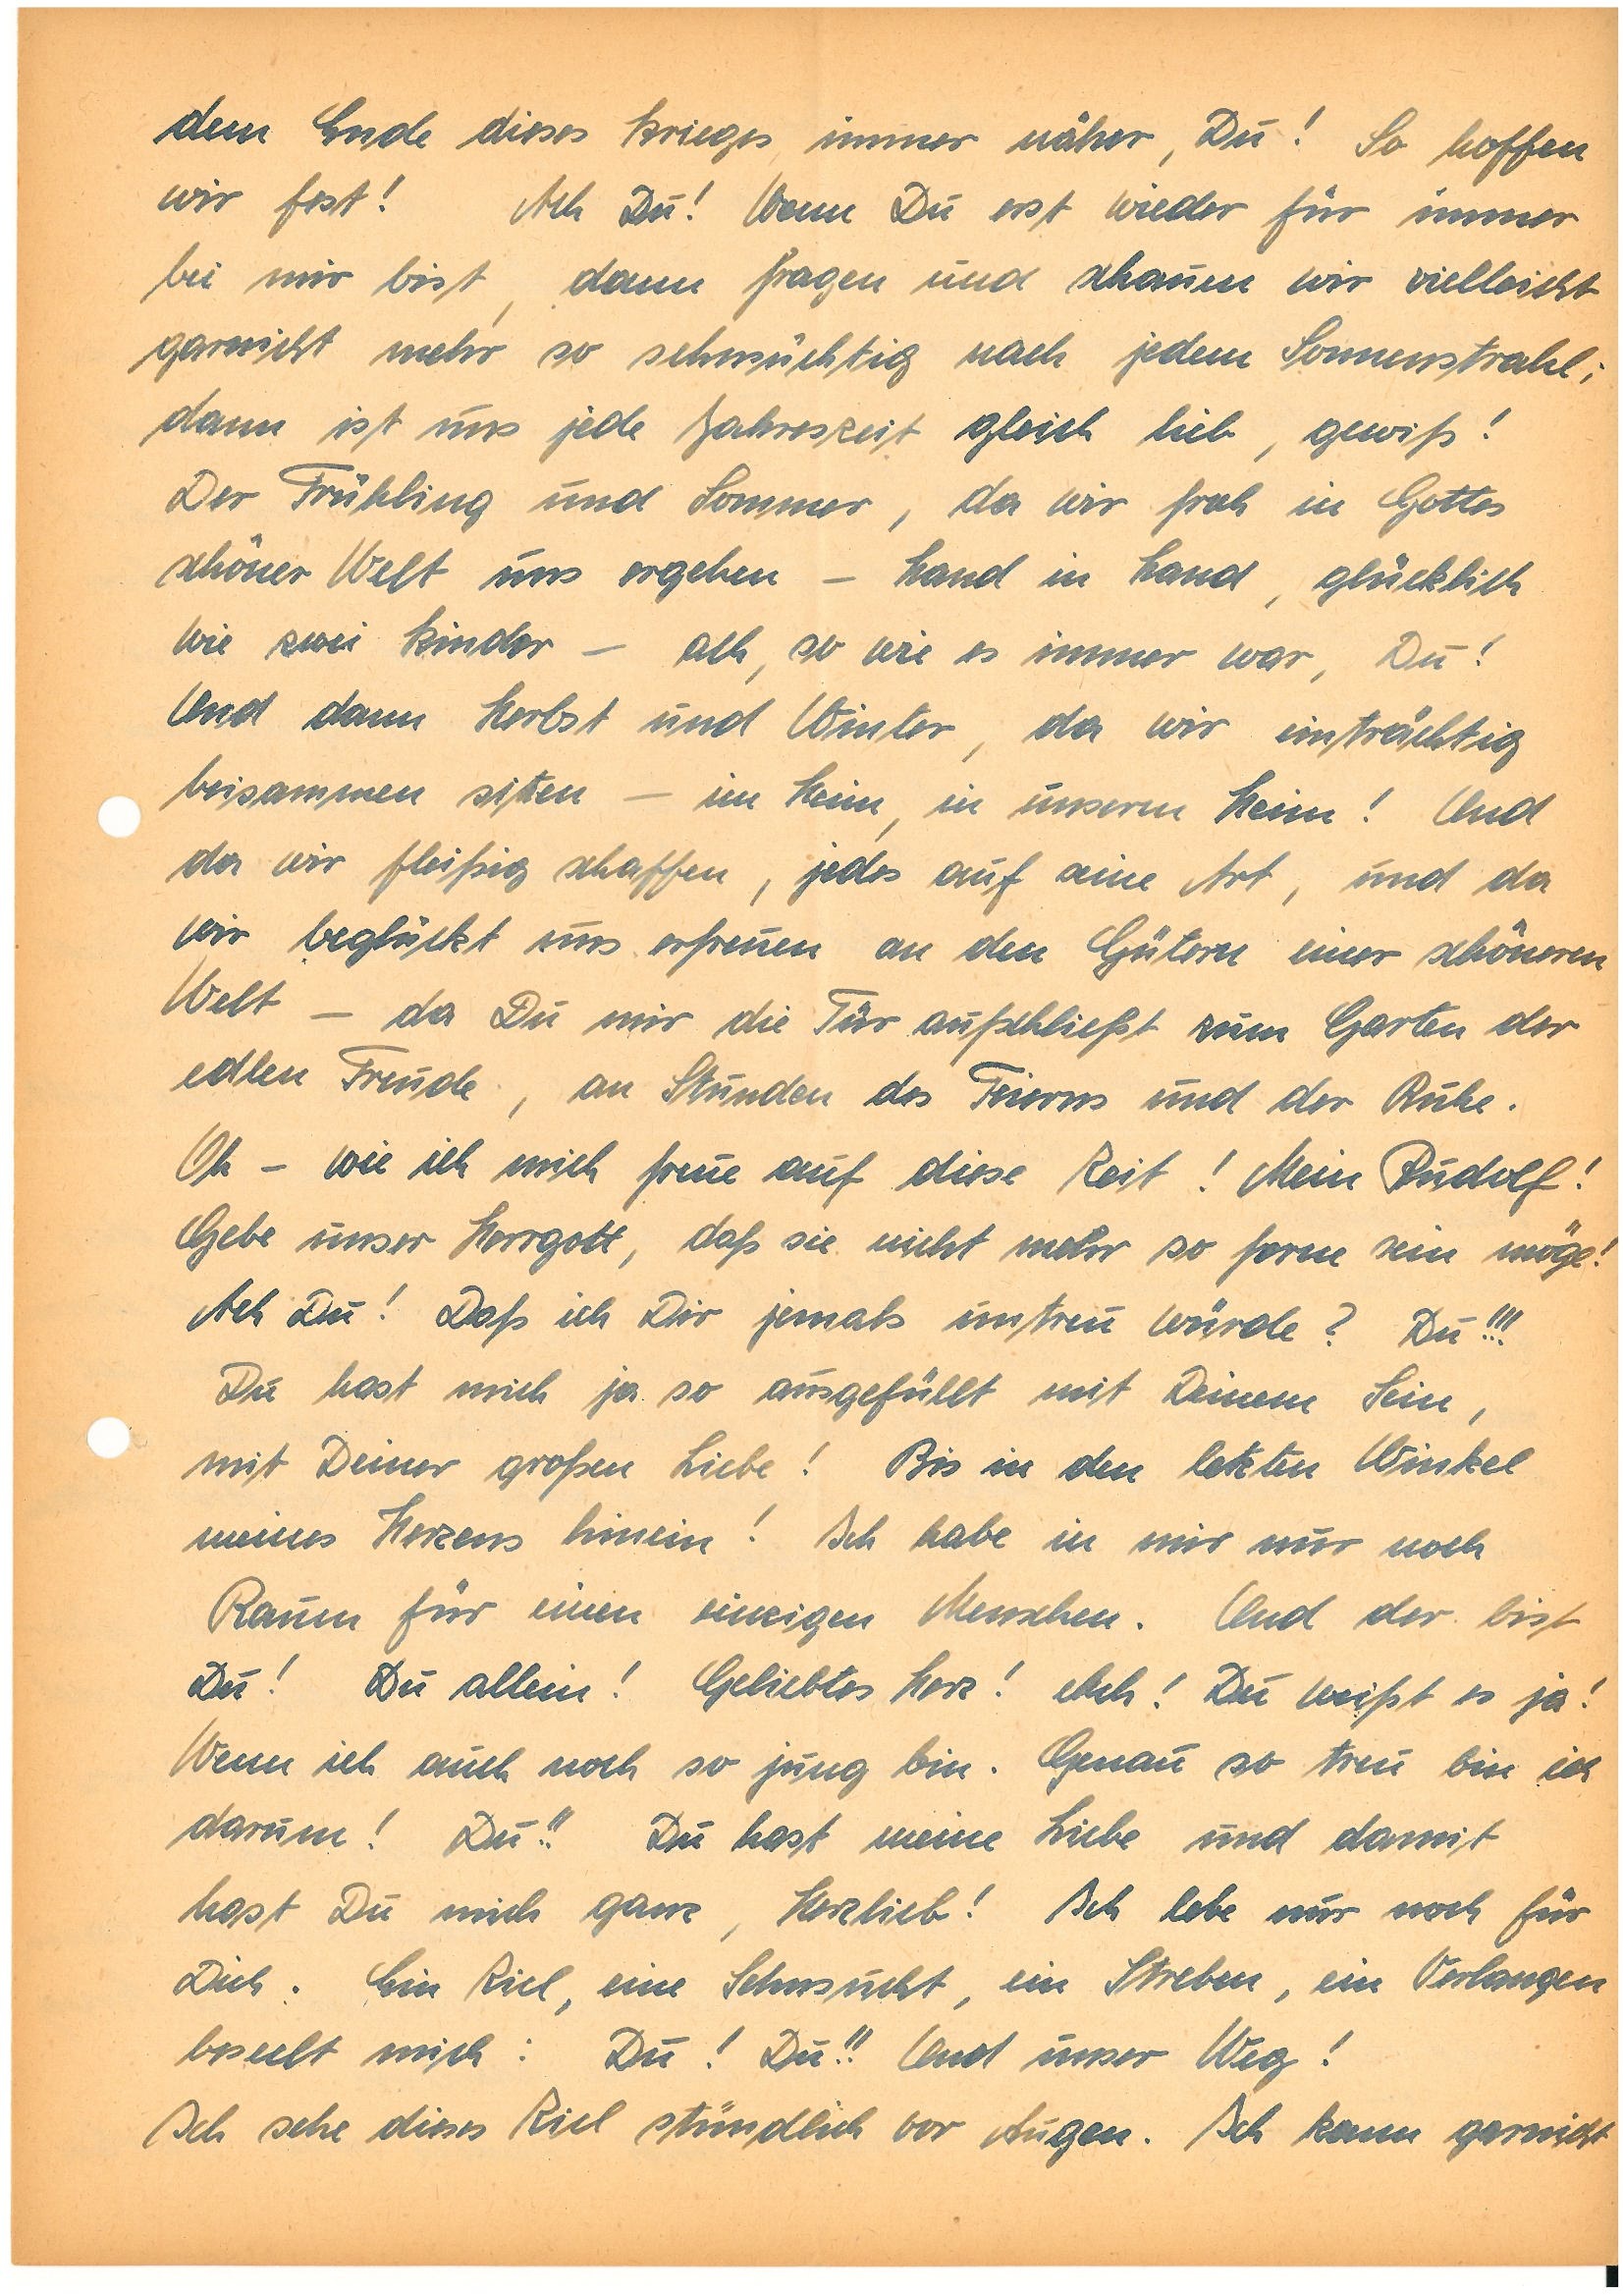
dem Ende dieses Krieges immer näher, Du! So hoffen
wir fest! Ach Du! Wenn Du erst wieder für immer
bei mir bist, dann fragen und schauen wir vielleicht
garnicht mehr so sehnsüchtig nach jedem Sonnenstrahl;
dann ist uns jede Jahreszeit gleich lieb, gewiß!
Der Frühling und Sommer, da wir froh in Gottes
schöner Welt uns ergehen – Hand in Hand, glücklich
wie zwei Kinder – ach, so wie es immer war, Du!
Und dann Herbst und Winter, da wir einträchtig
beisammen sitzen – im Heim, in unserm Heim! Und
da wir fleißig schaffen, jedes auf seine Art, und da
wir beglückt uns erfreuen an den Gütern einer schöneren
Welt – da Du mir die Tür aufschließt zum Garten der
edlen Freude, an Stunden des Feierns und der Ruhe.
Oh – wie ich mich freue auf diese Zeit! Mein!
Gebe unser Herrgott, daß sie nicht mehr so ferne sein möge!
Ach Du! Daß ich Dir jemals untreu würde? Du!!!
Du hast mich ja so ausgefüllt mit Deinem Sein,
mit Deiner großen Liebe! Bis in den letzten Winkel
meines Herzens hinein! Ich habe in mir nur noch
Raum für einen einzigen Menschen. Und der bist
Du! Du allein! Geliebtes Herz! Ach! Du weißt es ja!
Wenn ich auch noch so jung bin. Genau so treu bin ich
darum! Du!! Du hast meine Liebe und damit
hast Du mich ganz, Herzlieb! Ich lebe nur noch für
Dich. Ein Ziel, eine Sehnsucht, ein Streben, ein Verlangen
beseelt mich: Du! Du!! Und unser Weg!
Ich sehe dieses Ziel stündlich vor Augen. Ich kann garnicht